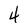
Character: 4